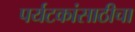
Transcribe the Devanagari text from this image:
पर्यटकांसाठीचा